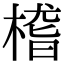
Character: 㮷